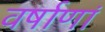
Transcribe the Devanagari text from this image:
वर्षाणां